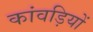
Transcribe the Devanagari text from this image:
कांवड़ियों